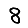
Digit: 8